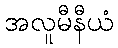
အလူမီနီယံ